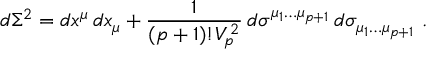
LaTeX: d \Sigma ^ { 2 } = d x ^ { \mu } \, d x _ { \mu } + \frac { 1 } { ( p + 1 ) ! V _ { p } ^ { \, 2 } } \, d \sigma ^ { \mu _ { 1 } \dots \mu _ { p + 1 } } \, d \sigma _ { \mu _ { 1 } \dots \mu _ { p + 1 } } \ .